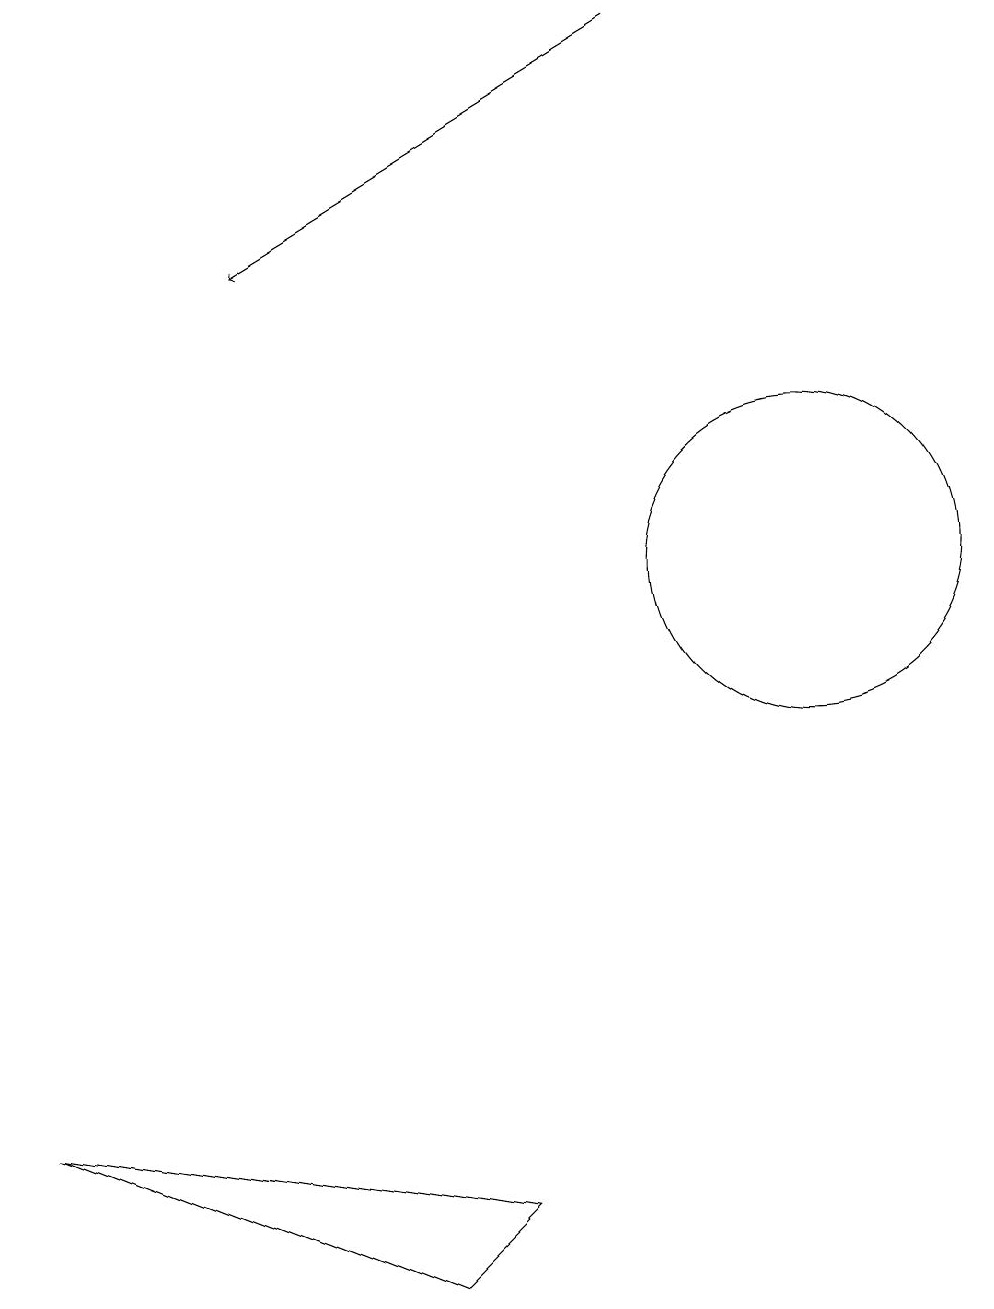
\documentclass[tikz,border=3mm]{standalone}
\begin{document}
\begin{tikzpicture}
\draw (6,3) -- (5,2) -- (0,4) -- cycle;
\draw (10,11) circle (2);
\draw[->] (8,18) -- (3,15);
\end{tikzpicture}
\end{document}